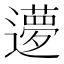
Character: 𬩝